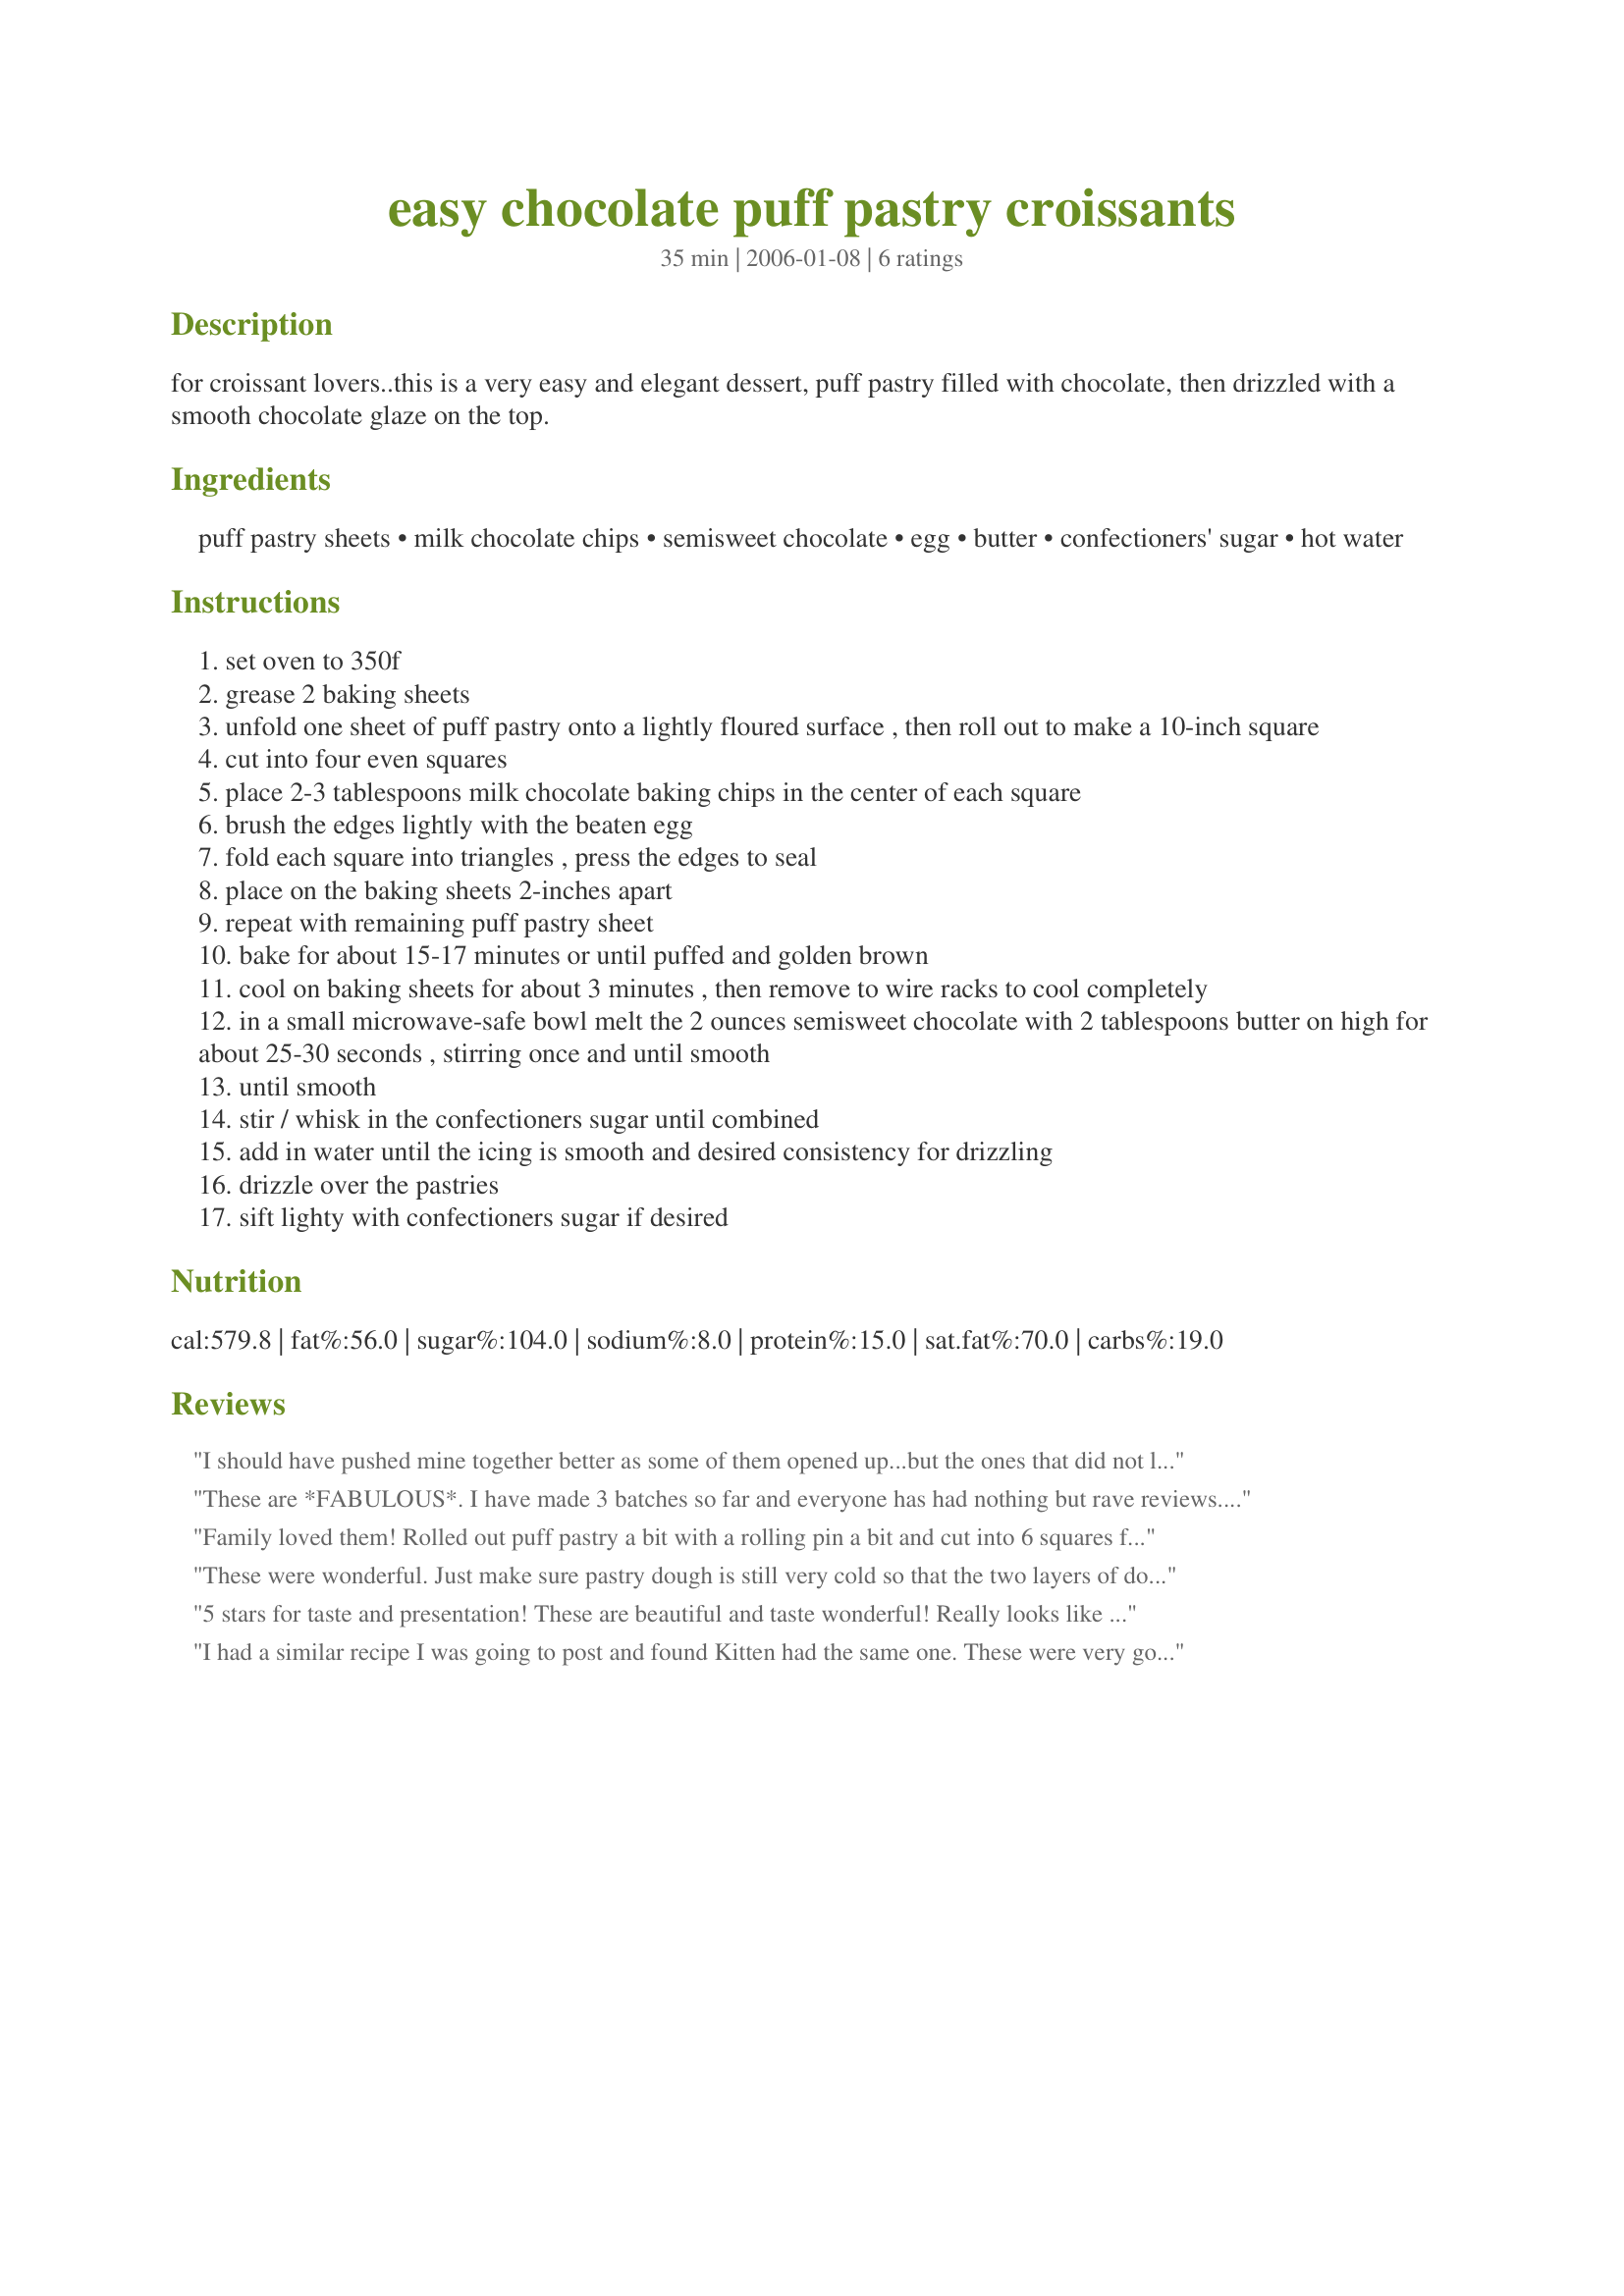
easy chocolate puff pastry croissants
Preparation time: 35 minutes

for croissant lovers..this is a very easy and elegant dessert, puff pastry filled with chocolate, then drizzled with a smooth chocolate glaze on the top.

Ingredients:
puff pastry sheets, milk chocolate chips, semisweet chocolate, egg, butter, confectioners' sugar, hot water

Steps:
set oven to 350f
grease 2 baking sheets
unfold one sheet of puff pastry onto a lightly floured surface , then roll out to make a 10-inch square
cut into four even squares
place 2-3 tablespoons milk chocolate baking chips in the center of each square
brush the edges lightly with the beaten egg
fold each square into triangles , press the edges to seal
place on the baking sheets 2-inches apart
repeat with remaining puff pastry sheet
bake for about 15-17 minutes or until puffed and golden brown
cool on baking sheets for about 3 minutes , then remove to wire racks to cool completely
in a small microwave-safe bowl melt the 2 ounces semisweet chocolate with 2 tablespoons butter on high for about 25-30 seconds , stirring once and until smooth
until smooth
stir / whisk in the confectioners sugar until combined
add in water until the icing is smooth and desired consistency for drizzling
drizzle over the pastries
sift lighty with confectioners sugar if desired

Reviews:
I should have pushed mine together better as some of them opened up...but the ones that did not looked great...and they tasted wonderful
These are *FABULOUS*. I have made 3 batches so far and everyone has had nothing but rave reviews. 

A few notes- I actually made each sheet of the puff pastry into 8 little croissants instead of the four- a bit tricker, but they went a lot further with 6 kids frothing over them! I only used about 1.5 tsp of chocolate chips for the little ones and about 1 T of chocolate chips for the large ones.

Also, I was a bit confused whether I was supposed to simply 'roll' the puff pastry out of the parchment paper, or actually 'roll' it with a rolling pin, but it was simply to be rolled out of the parchment. 

I also baked my croissants for a bit longer- 20-25 min. That seemed to be the right temp for a good melting of the chips inside.

One last thing, just for reference, I also had to microwave the semi sweet chocolate and butter for a bit longer- about a minute. 

These are SO incredible and SO easy, it's laughable. These could be served at the most elegant of functions and everyone would be amazed and think that you had slaved for hours. 

Wonderful! Thank you for sharing!!
Family loved them! Rolled out puff pastry a bit with a rolling pin a bit and cut into 6 squares for each sheet. Better size for a breakfast treat since there would be other things to eat. Used semi sweet chocolate chips instead of milk cholocate and was even more like the real chocolate croissant! Could have made a double batche they went so fast!
These were wonderful. Just make sure pastry dough is still very cold so that the two layers of dough separate. Easy and delicious.
5 stars for taste and presentation! These are beautiful and taste wonderful! Really looks like a gourmet cook made them! They took me 5 minutes to make!
I had a similar recipe I was going to post and found Kitten had the same one. These were very good I used the swirled caramel and milk chocolate chips which made the flavor so good, not to chocolatey. I also served these with ice cream like a warm torte or similar. It was so good but very rich! Great recipe.
